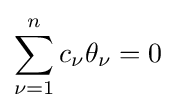
\sum _{\nu =1}^{n}c_{\nu }\theta _{\nu }=0